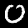
Label: 0